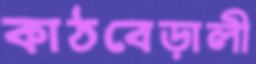
কাঠবেড়ালী